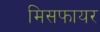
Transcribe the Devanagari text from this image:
मिसफायर